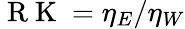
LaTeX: \mathrm{~R~K~}=\eta_{E}/\eta_{W}